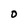
Character: O